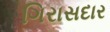
ગિરાસદાર